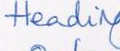
Heading